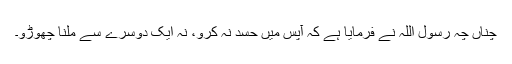
چناں چہ رسول اللہ نے فرمایا ہے کہ آپس میں حسد نہ کرو، نہ ایک دوسرے سے ملنا چھوڑو۔